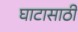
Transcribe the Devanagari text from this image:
घाटासाठी